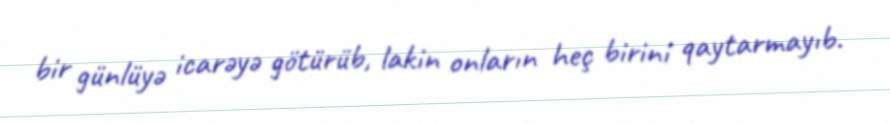
bir günlüyə icarəyə götürüb, lakin onların heç birini qaytarmayıb.